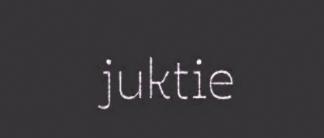
juktie